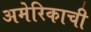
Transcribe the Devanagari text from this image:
अमेरिकाची